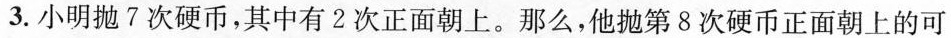
3.小明抛7次硬币，其中有2次正面朝上。那么，他抛第8次硬币正面朝上的可